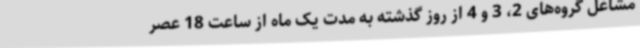
مشاغل گروه‌های 2، 3 و 4 از روز گذشته به مدت یک ماه از ساعت 18 عصر